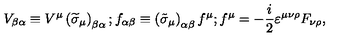
V _ { \beta \alpha } \equiv V ^ { \mu } \left( \widetilde { \sigma } _ { \mu } \right) _ { \beta \alpha } \mathrm { } ; \mathrm { } f _ { \alpha \beta } \equiv \left( \tilde { \sigma } _ { \mu } \right) _ { \alpha \beta } f ^ { \mu } \mathrm { } ; \mathrm { } f ^ { \mu } = - \frac i 2 \varepsilon ^ { \mu \nu \rho } F _ { \nu \rho } \mathrm { } ,